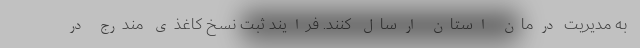
به مدیریت‌ درمان استان ارسال کنند. فرایند ثبت نسخ کاغذی مندرج در